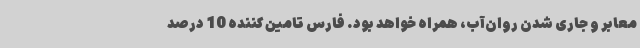
معابر و جاری شدن روان‌آب، همراه خواهد بود. فارس تامین کننده 10 درصد